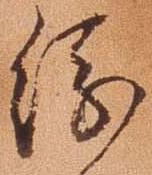
縁